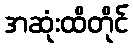
အဆုံးထိတိုင်